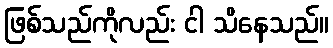
ဖြစ်သည်ကိုလည်း ငါ သိနေသည်။